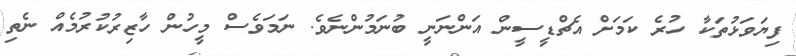
ފިޔަވަޅުތަކާ ހުރެ ކަމަށް އެޗްޑީސީން އަންނަނީ ބުނަމުންނެވެ. ނަމަވެސް މީހުން ހާޒިރުކުރުމެއް ނެތި